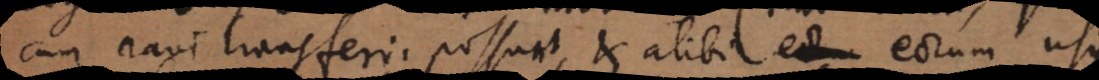
cum navi transferri possunt, et alibi eorum usus